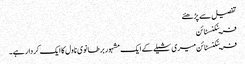
تفصیل سے پڑھئے
فرینکنسٹائن
فرینکنسٹائن میری شیلے کے ایک مشہور برطانوی ناول کا ایک کردار ہے۔